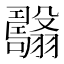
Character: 𦒯